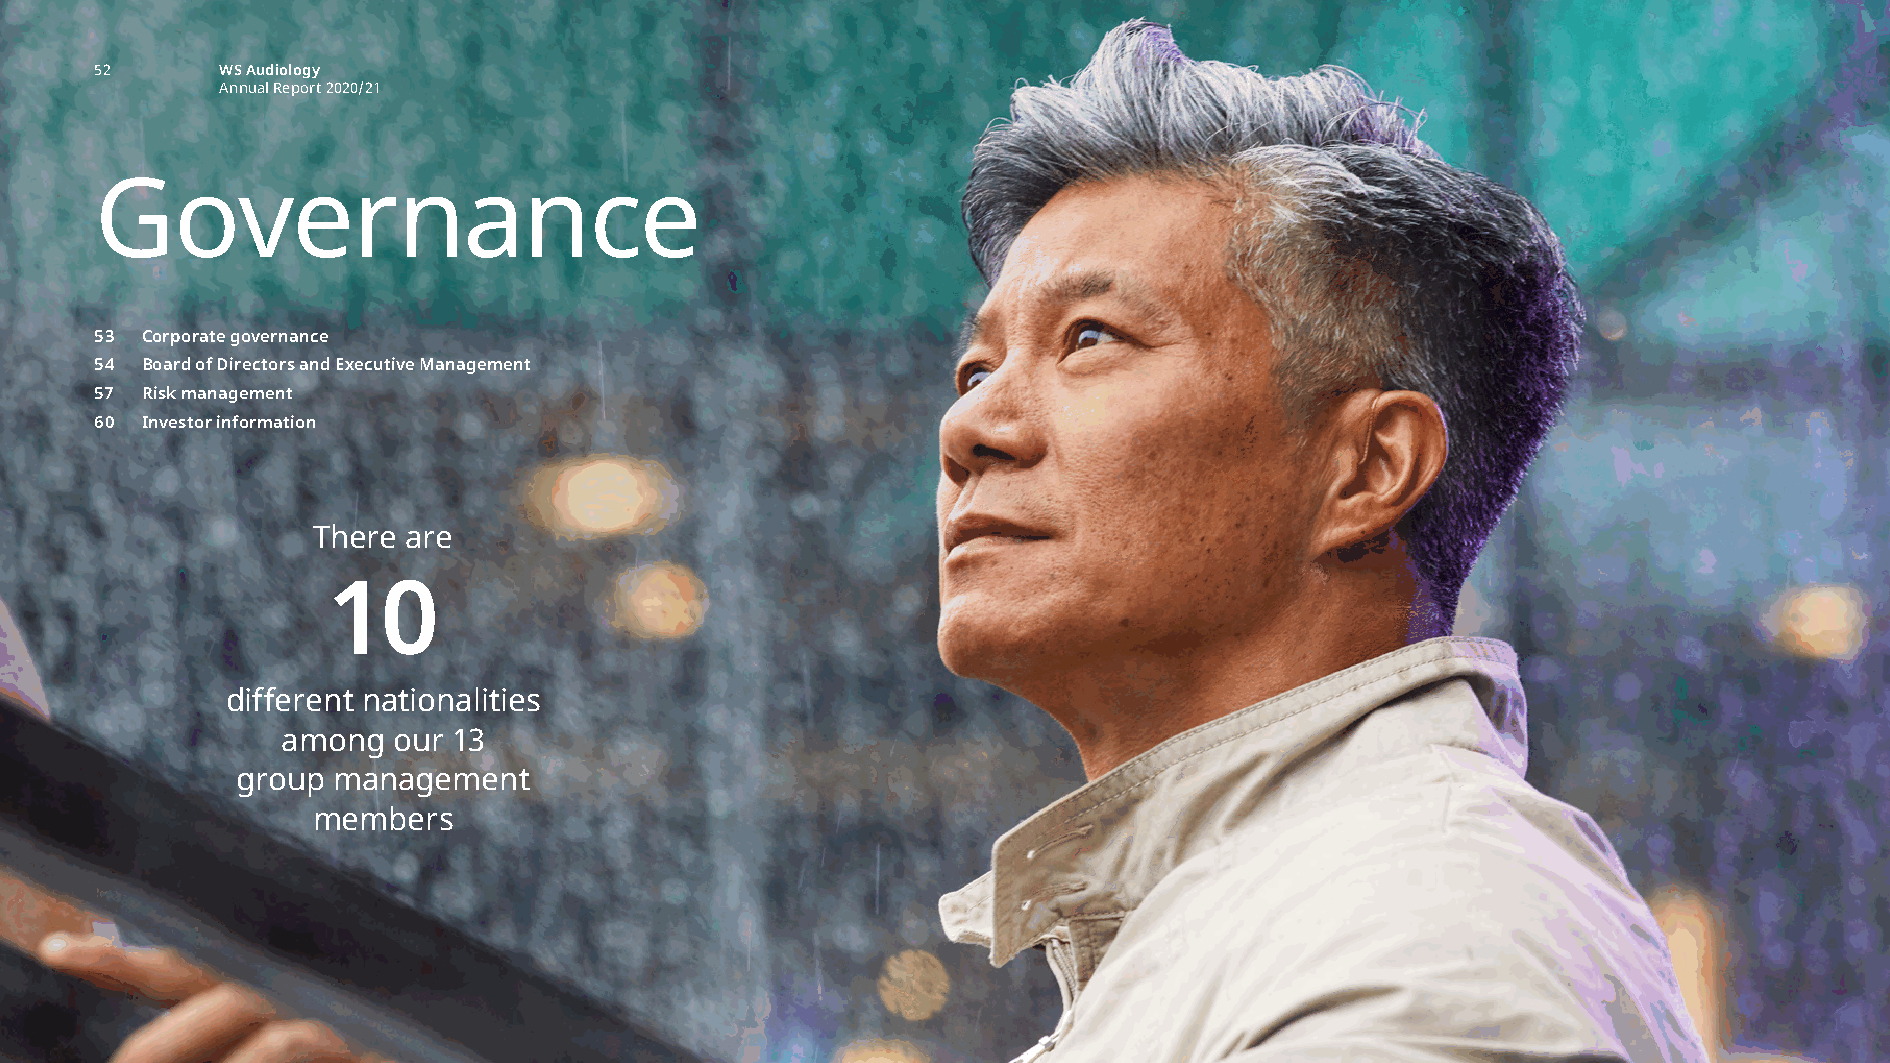
governance intro
 52       WS Audiology
 Annual Report 2020/21
 Governance
 53 Corporate governance
 54 Board of Directors and Executive Management
 57 Risk management
 60 Investor information
 There are
 10
 different nationalities
 among  our 13
 group management
 members